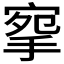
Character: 𢮘